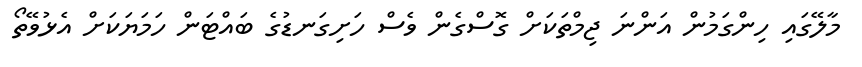
މާލޭގައި ހިންގަމުން އަންނަ ޖިމްތަކަށް ގޮސްގެން ވެސް ހަށިގަނޑުގެ ބައްޓަން ހަމަޔަކަށް އެޅުވޭތޯ